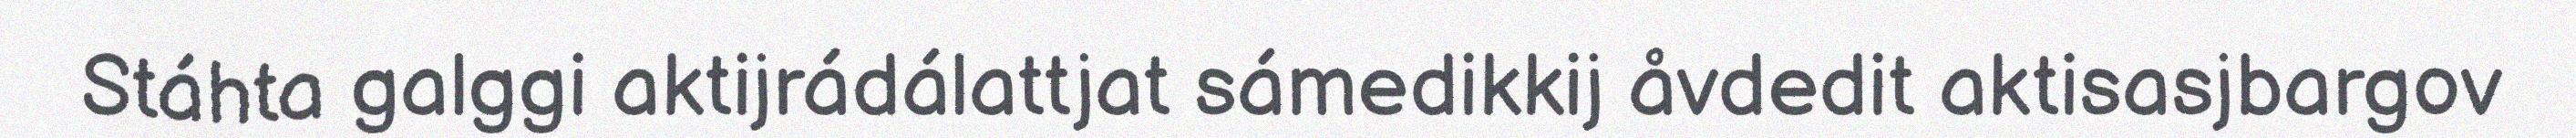
Stáhta galggi aktijrádálattjat sámedikkij åvdedit aktisasjbargov